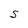
Character: S